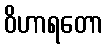
ဝိဟာရတော